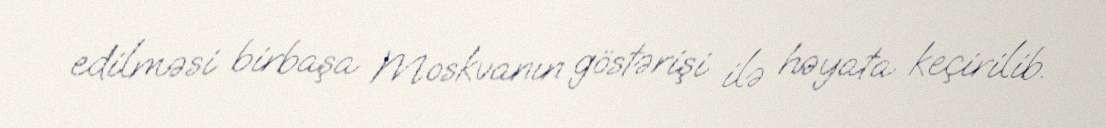
edilməsi birbaşa Moskvanın göstərişi ilə həyata keçirilib.